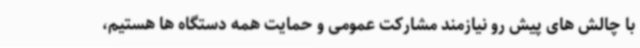
با چالش های پیش رو نیازمند مشارکت عمومی و حمایت همه دستگاه ها هستیم،